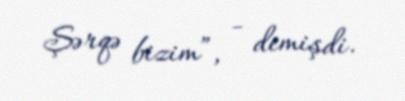
Şərqə bizim”, - demişdi.